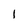
Character: I